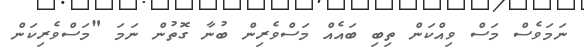
ނަމަވެސް މަސް ވިއްކަން ތިބި ބައެއް މަސްވެރިން ބުނާ ގޮތުން ނަމަ "މަސްވެރިކަން